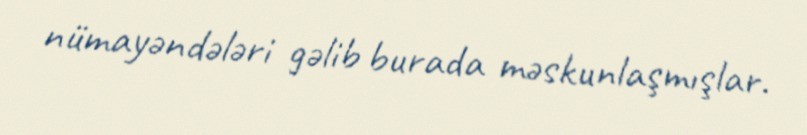
nümayəndələri gəlib burada məskunlaşmışlar.